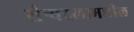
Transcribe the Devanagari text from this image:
सैन्यदलामधील